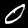
Label: 0